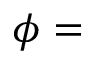
\phi =